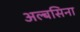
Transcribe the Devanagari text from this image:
अल्बसिना